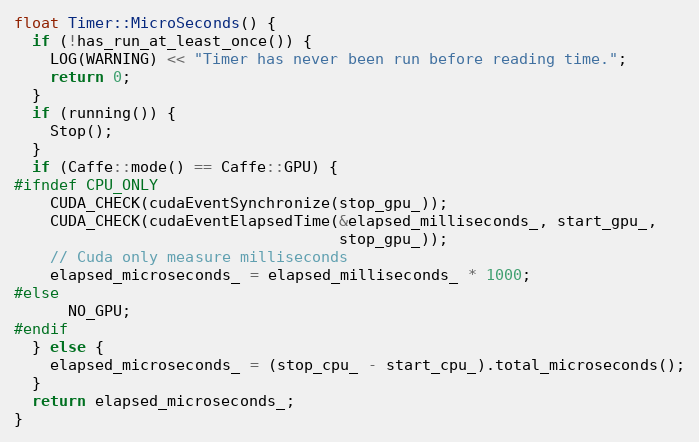
Language: C++
float Timer::MicroSeconds() {
  if (!has_run_at_least_once()) {
    LOG(WARNING) << "Timer has never been run before reading time.";
    return 0;
  }
  if (running()) {
    Stop();
  }
  if (Caffe::mode() == Caffe::GPU) {
#ifndef CPU_ONLY
    CUDA_CHECK(cudaEventSynchronize(stop_gpu_));
    CUDA_CHECK(cudaEventElapsedTime(&elapsed_milliseconds_, start_gpu_,
                                    stop_gpu_));
    // Cuda only measure milliseconds
    elapsed_microseconds_ = elapsed_milliseconds_ * 1000;
#else
      NO_GPU;
#endif
  } else {
    elapsed_microseconds_ = (stop_cpu_ - start_cpu_).total_microseconds();
  }
  return elapsed_microseconds_;
}